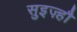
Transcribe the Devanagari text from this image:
सुइज़्हौ